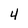
Character: 4